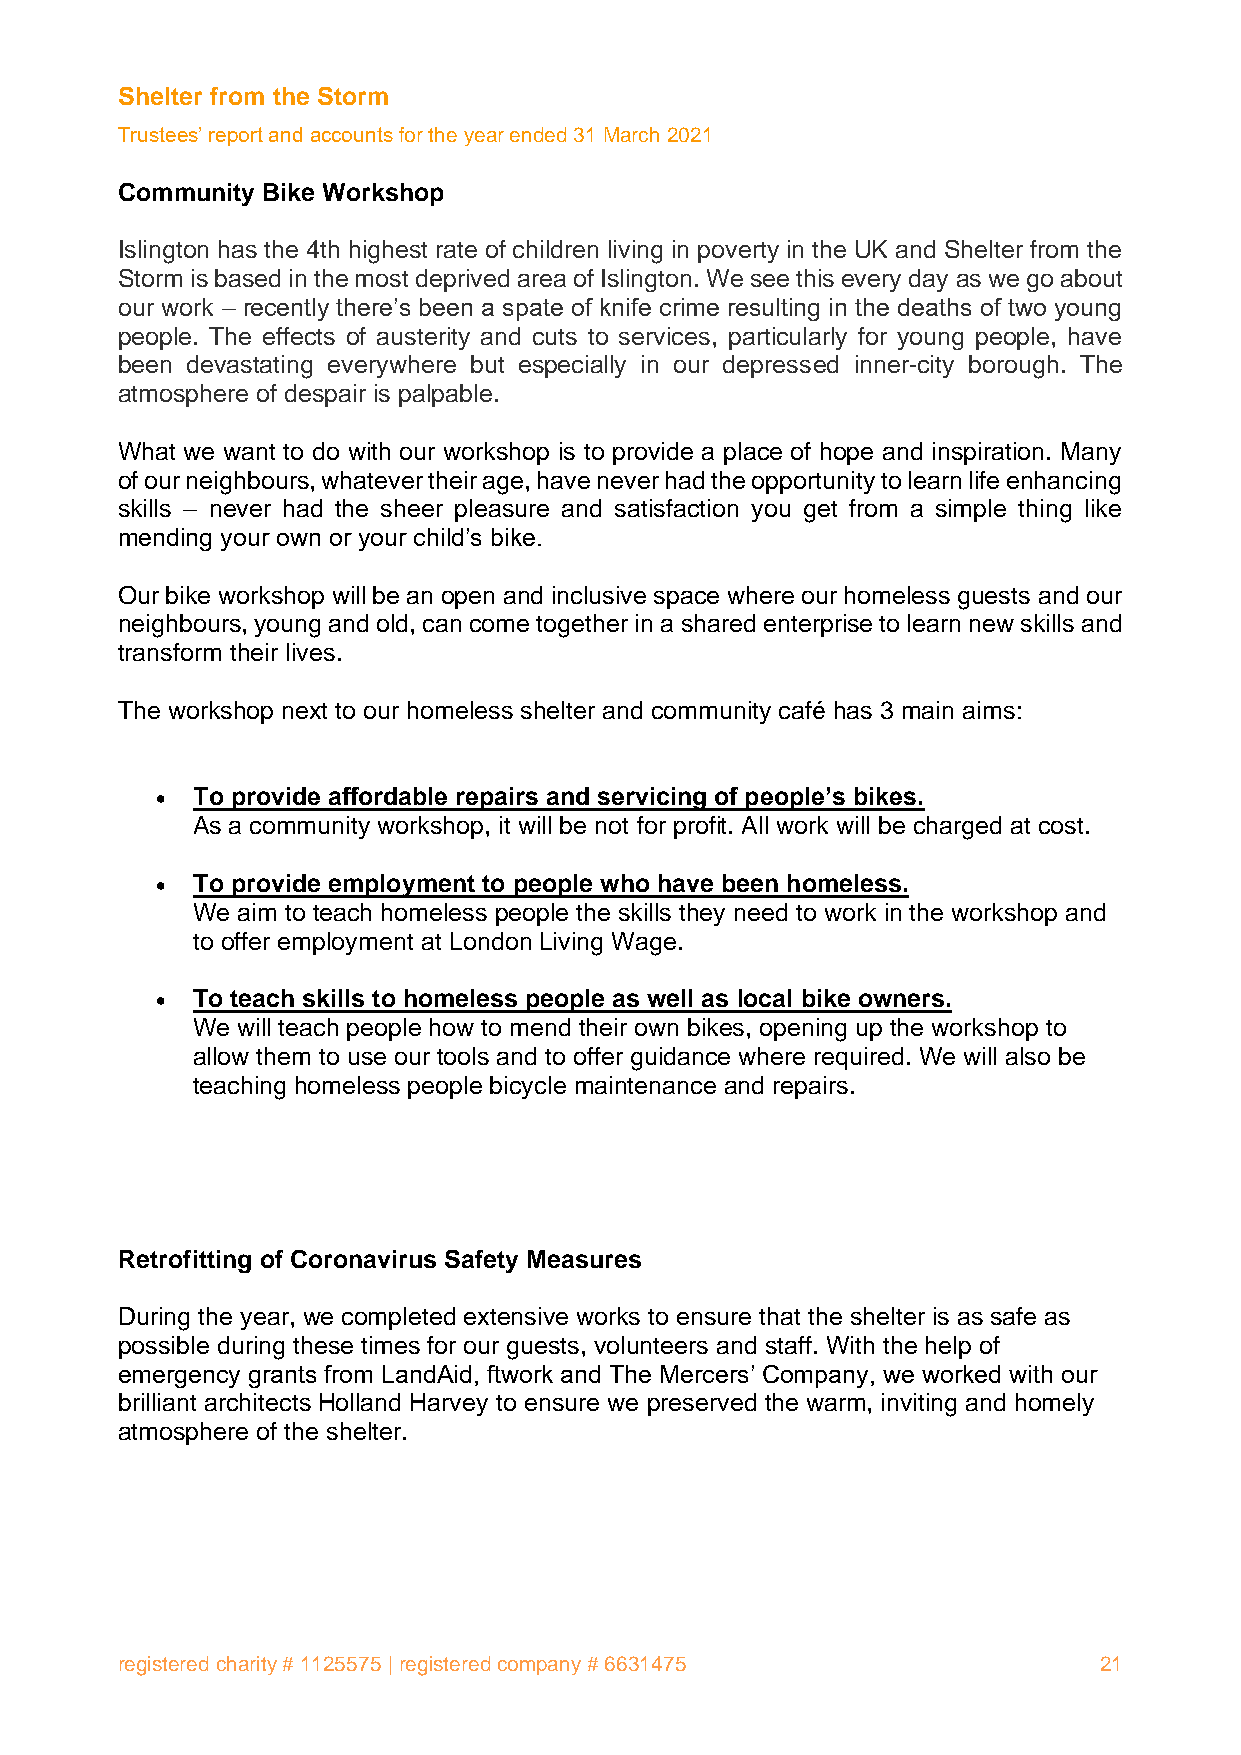
Shelter from the Storm
 Trustees’ report and accounts for the year ended 31 March 2021
 Community Bike Workshop
 Islington has the 4th highest rate of children living in poverty in the UK and Shelter from the
 Storm is based in the most deprived area of Islington. We see this every day as we go about
 our work – recently there’s been a spate of knife crime resulting in the deaths of two young
 people. The effects of austerity and cuts to services, particularly for young people, have
 been devastating everywhere but especially in our depressed inner-city borough. The
 atmosphere of despair is palpable.
 What we want to do with our workshop is to provide a place of hope and inspiration. Many
 of our neighbours, whatever their age, have never had the opportunity to learn life enhancing
 skills – never had the sheer pleasure and satisfaction you get from a simple thing like
 mending your own or your child’s bike.
 Our bike workshop will be an open and inclusive space where our homeless guests and our
 neighbours, young and old, can come together in a shared enterprise to learn new skills and
 transform their lives.
 The workshop next to our homeless shelter and community café has 3 main aims:
 •  To provide affordable repairs and servicing of people’s bikes.
 As a community workshop, it will be not for profit. All work will be charged at cost.
 •  To provide employment to people who have been homeless.
 We aim to teach homeless people the skills they need to work in the workshop and
 to offer employment at London Living Wage.
 •  To teach skills to homeless people as well as local bike owners.
 We will teach people how to mend their own bikes, opening up the workshop to
 allow them to use our tools and to offer guidance where required. We will also be
 teaching homeless people bicycle maintenance and repairs.
 Retrofitting of Coronavirus Safety Measures
 During the year, we completed extensive works to ensure that the shelter is as safe as
 possible during these times for our guests, volunteers and staff. With the help of
 emergency grants from LandAid, ftwork and The Mercers’ Company, we worked with our
 brilliant architects Holland Harvey to ensure we preserved the warm, inviting and homely
 atmosphere of the shelter.
 registered charity # 1125575 | registered company # 6631475      21